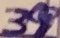
Text: 39